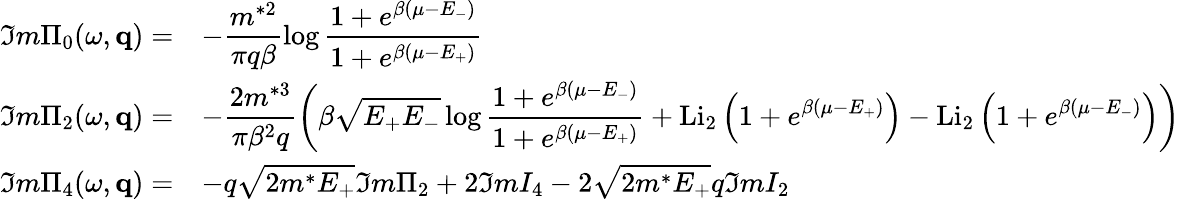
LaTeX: \begin{array}{ll}{{\Im m\Pi_{0}(\omega,{\mathbf q})=}}&{{{\displaystyle-\frac{m^{*2}}{\pi q\beta}\log\frac{1+e^{\beta(\mu-E_{-})}}{1+e^{\beta(\mu-E_{+})}}}}}\\ {{\Im m\Pi_{2}(\omega,{\mathbf q})=}}&{{{\displaystyle-\frac{2m^{*3}}{\pi\beta^{2}q}\left(\beta\sqrt{E_{+}E_{-}}\log\frac{1+e^{\beta(\mu-E_{-})}}{1+e^{\beta(\mu-E_{+})}}+\mathrm{Li}_{2}\left(1+e^{\beta(\mu-E_{+})}\right)-\mathrm{Li}_{2}\left(1+e^{\beta(\mu-E_{-})}\right)\right)}}}\\ {{\Im m\Pi_{4}(\omega,{\mathbf q})=}}&{{{\displaystyle-q\sqrt{2m^{*}E_{+}}\Im m\Pi_{2}+2\Im mI_{4}-2\sqrt{2m^{*}E_{+}}q\Im mI_{2}}}}\end{array}